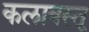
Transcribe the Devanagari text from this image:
कलावस्तू